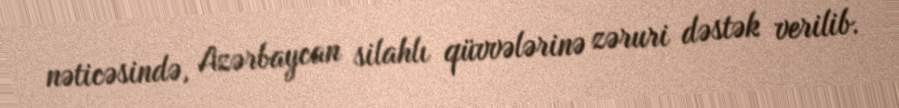
nəticəsində, Azərbaycan silahlı qüvvələrinə zəruri dəstək verilib.